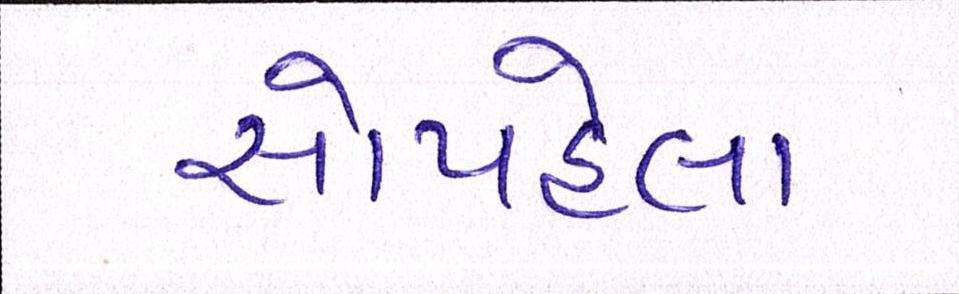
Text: સૌપહેલા